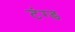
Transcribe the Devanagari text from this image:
टंग्ड